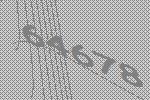
64678